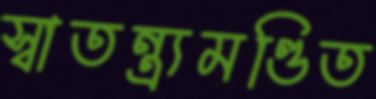
স্বাতন্ত্র্যমণ্ডিত